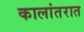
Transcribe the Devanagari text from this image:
कालांतरात